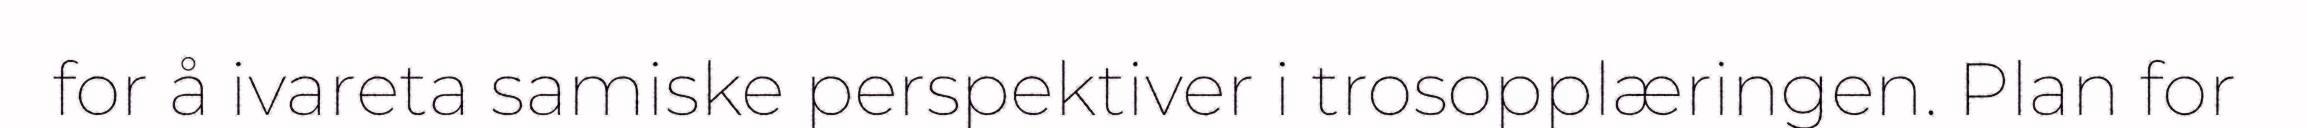
for å ivareta samiske perspektiver i trosopplæringen. Plan for